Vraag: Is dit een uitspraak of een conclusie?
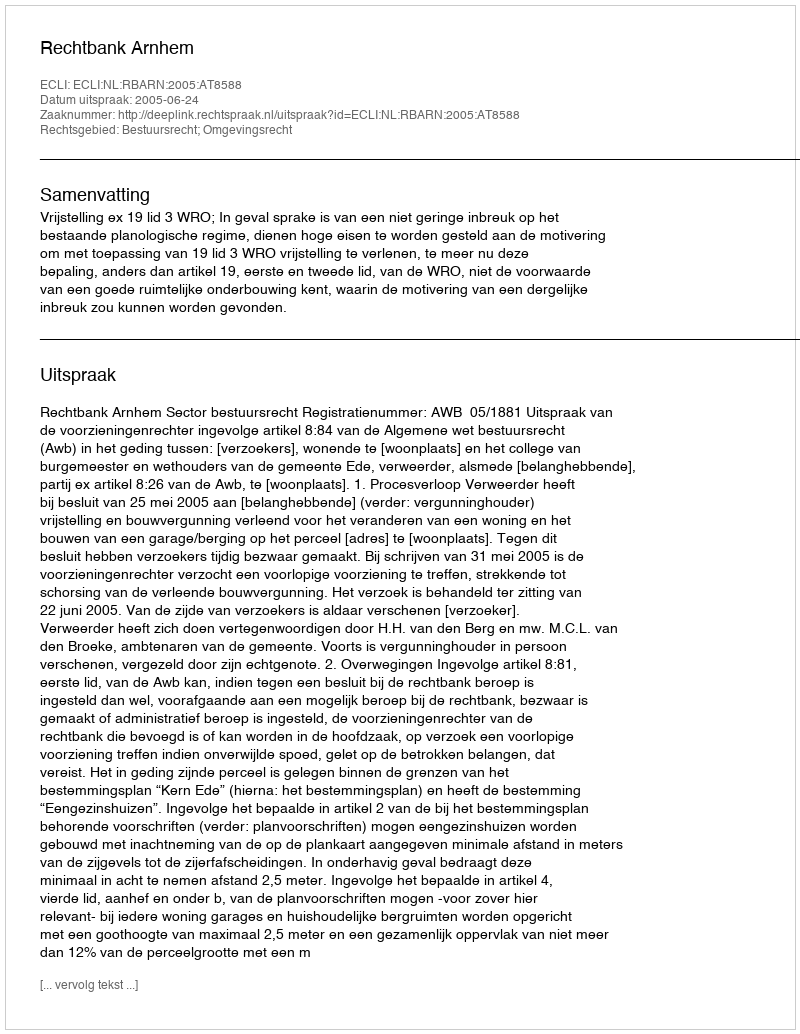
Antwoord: Uitspraak